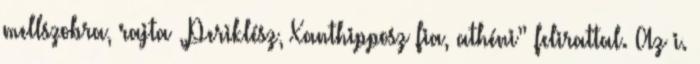
mellszobra, rajta „Periklész, Xanthipposz fia, athéni” felirattal. Az i.